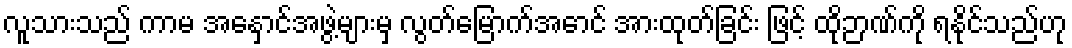
လူသားသည် ကာမ အနှောင်အဖွဲ့များမှ လွတ်မြောက်အောင် အားထုတ်ခြင်း ဖြင့် ထိုဉာဏ်ကို ရနိုင်သည်ဟု